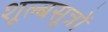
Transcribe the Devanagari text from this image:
शूल्बसूत्रों